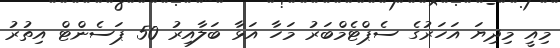
މިއީ މިދިޔަ އަހަރުގެ ސެޕްޓެމްބަރު މަހާ އަޅާ ބަލާއިރު 50 ޕަސެންޓް އިތުރު